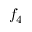
f _ { 4 }